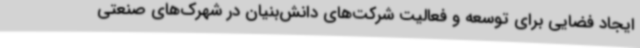
ایجاد فضایی برای توسعه و فعالیت شرکت‌های دانش‌بنیان در شهرک‌های صنعتی